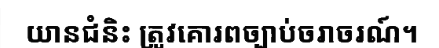
យានជំនិះ ត្រូវគោរពច្បាប់ចរាចរណ៍។